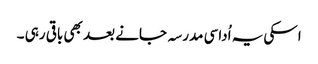
اسکی یہ اُداسی مدرسہ جانے بعد بھی باقی رہی ۔